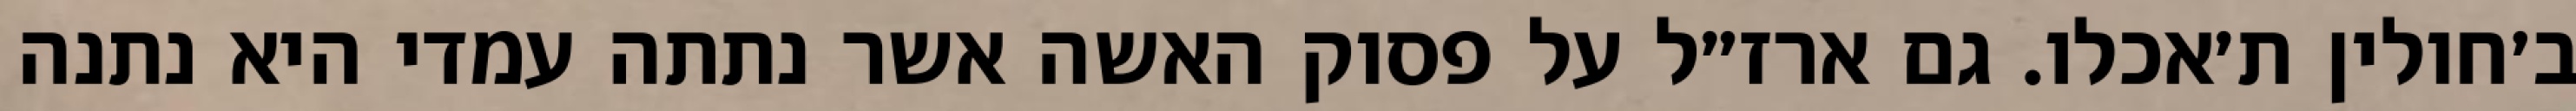
ב׳חולין ת׳אכלו. גם ארז״ל על פסוק האשה אשר נתתה עמדי היא נתנה